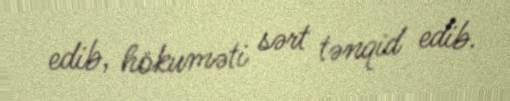
edib, hökuməti sərt tənqid edib.